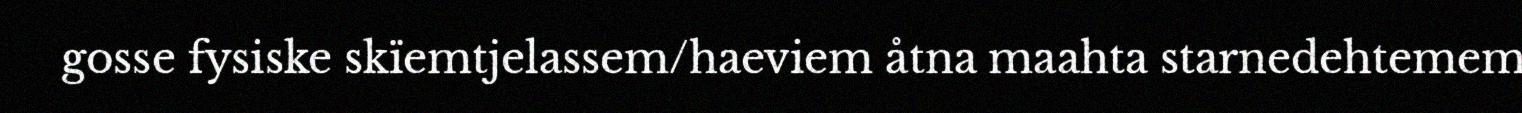
gosse fysiske skïemtjelassem/haeviem åtna maahta starnedehtemem